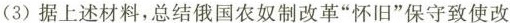
(3)据上述材料，总结俄国农奴制改革”怀旧”保守致使改